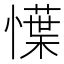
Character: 𢢲